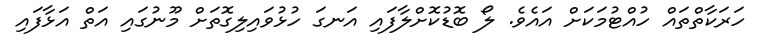
ހަރަކާތްތައް ހުއްޓުމަކަށް އައެވެ. ލޯ ބޮޑުކޮށްލާފައި އަނގަ ހުޅުވައިލިގޮތަށް މޫނުގައި އަތް އަޅާފައި